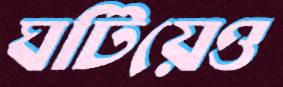
ঘটিয়েও